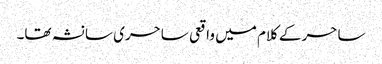
ساحر کے کلام میں واقعی ساحری سا نشہ تھا۔